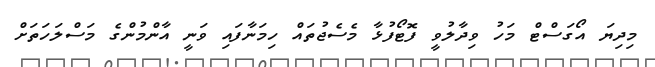
މިދިޔަ އޯގަސްޓް މަހު ވިދާލުވީ ފޮޓޯފުޅާ މެސެޖުތައް ހިމަނާފައި ވަނީ އާންމުންގެ މަސްލަހަތަށް